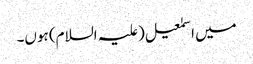
میں اسمٰعیل(علیہ السلام) ہوں۔